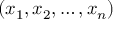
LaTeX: ( x _ { 1 } , x _ { 2 } , \dotsc , x _ { n } )